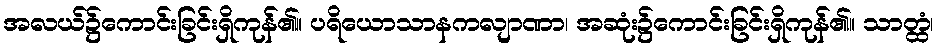
အလယ်၌ကောင်းခြင်းရှိကုန်၏။ ပရိယောသာနကလျာဏာ၊ အဆုံး၌ကောင်းခြင်းရှိကုန်၏။ သာတ္ထံ၊